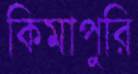
কিমাপুরি